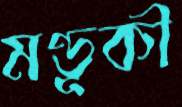
মণ্ডূকী